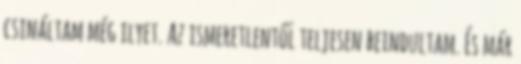
csináltam még ilyet. Az ismeretlentől teljesen beindultam. És már